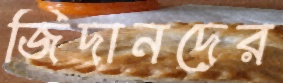
জিদানদের